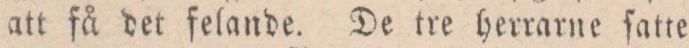
att få det felande. De tre herrarne ſatte